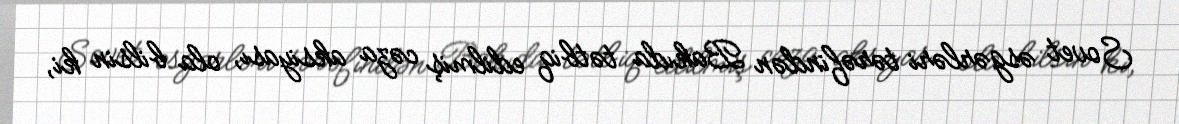
Sovet əsgərləri tərəfindən Bakıda tətbiq edilmiş cəza aksiyası, ola bilsin ki,